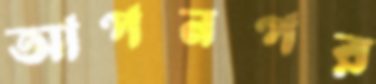
আপনপর